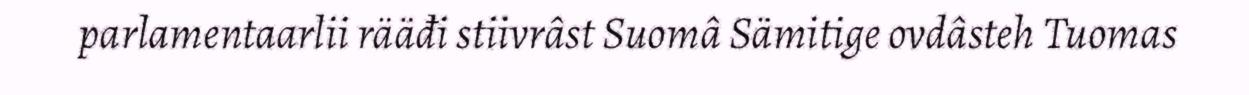
parlamentaarlii rääđi stiivrâst Suomâ Sämitige ovdâsteh Tuomas